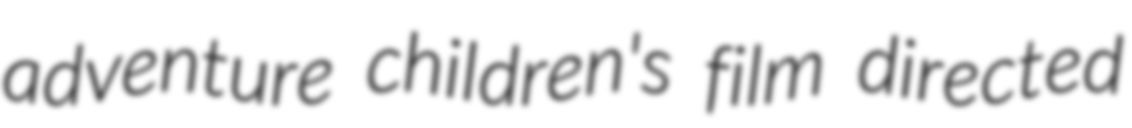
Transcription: adventure children's film directed